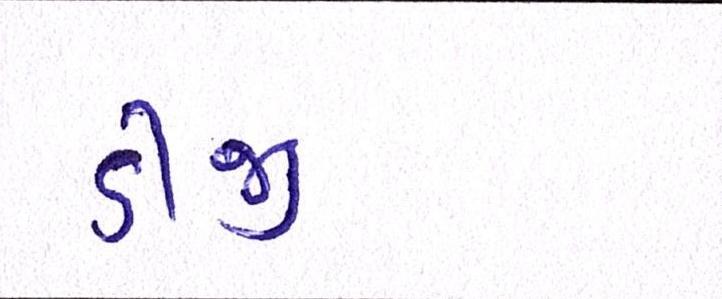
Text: ડીજી